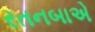
રતનબાએ